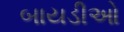
બાયડીઓ